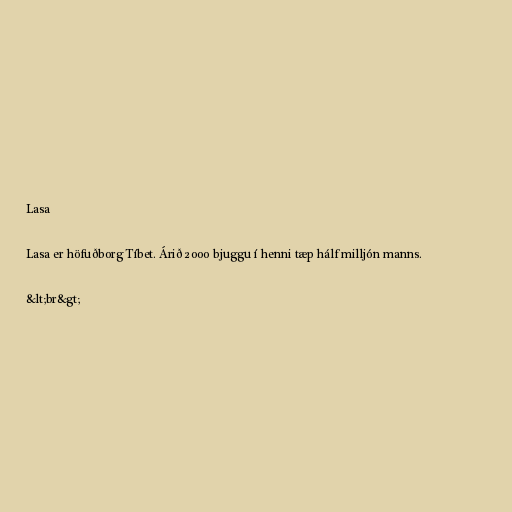
Lasa

Lasa er höfuðborg Tíbet. Árið 2000 bjuggu í henni tæp hálf milljón manns.

&lt;br&gt;